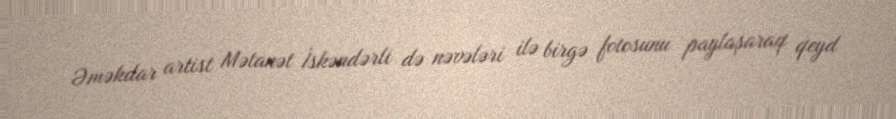
Əməkdar artist Mətanət İskəndərli də nəvələri ilə birgə fotosunu paylaşaraq qeyd